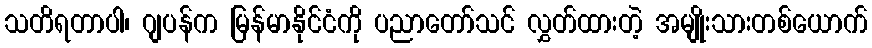
သတိရတာပါ၊ ဂျပန်က မြန်မာနိုင်ငံကို ပညာတော်သင် လွှတ်ထားတဲ့ အမျိုးသားတစ်ယောက်